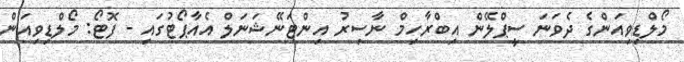
މޯލްޑިވިއަންގެ ދެވަނަ ސީޕްލޭން އިބްރާހިމް ނާސިރު އިންޓަނޭޝަނަލް އެއާޕޯޓުގައި - ފޮޓޯ: މޯލްޑިވިއަން